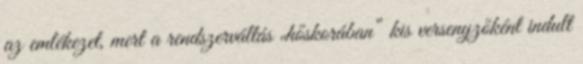
az emlékezet, mert a rendszerváltás „hőskorában” kis versenyzőként indult